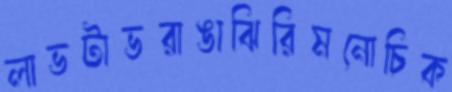
লাভটাভরাঙাঝিরিমনোচিক